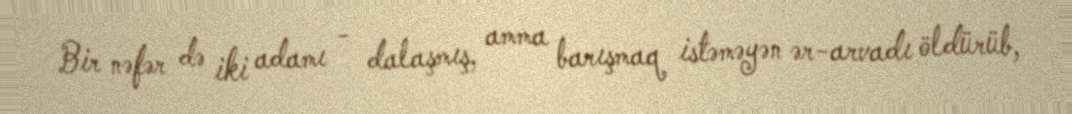
Bir nəfər də iki adamı - dalaşmış, amma barışmaq istəməyən ər-arvadı öldürüb,